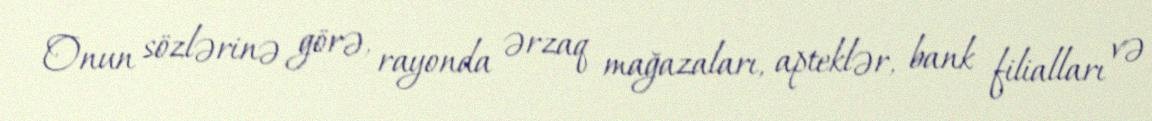
Onun sözlərinə görə, rayonda ərzaq mağazaları, apteklər, bank filialları və